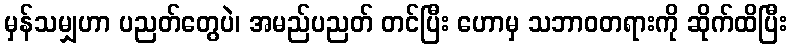
မှန်သမျှဟာ ပညတ်တွေပဲ၊ အမည်ပညတ် တင်ပြီး ဟောမှ သဘာဝတရားကို ဆိုက်ထိပြီး